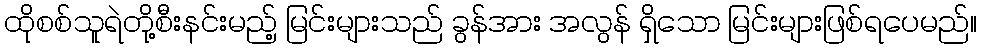
ထိုစစ်သူရဲတို့စီးနင်းမည့် မြင်းများသည် ခွန်အား အလွန် ရှိသော မြင်းများဖြစ်ရပေမည်။